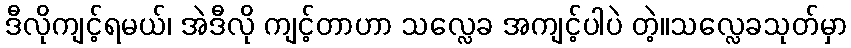
ဒီလိုကျင့်ရမယ်၊ အဲဒီလို ကျင့်တာဟာ သလ္လေခ အကျင့်ပါပဲ တဲ့။သလ္လေခသုတ်မှာ